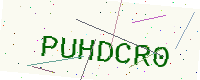
Text: PUHDCR0